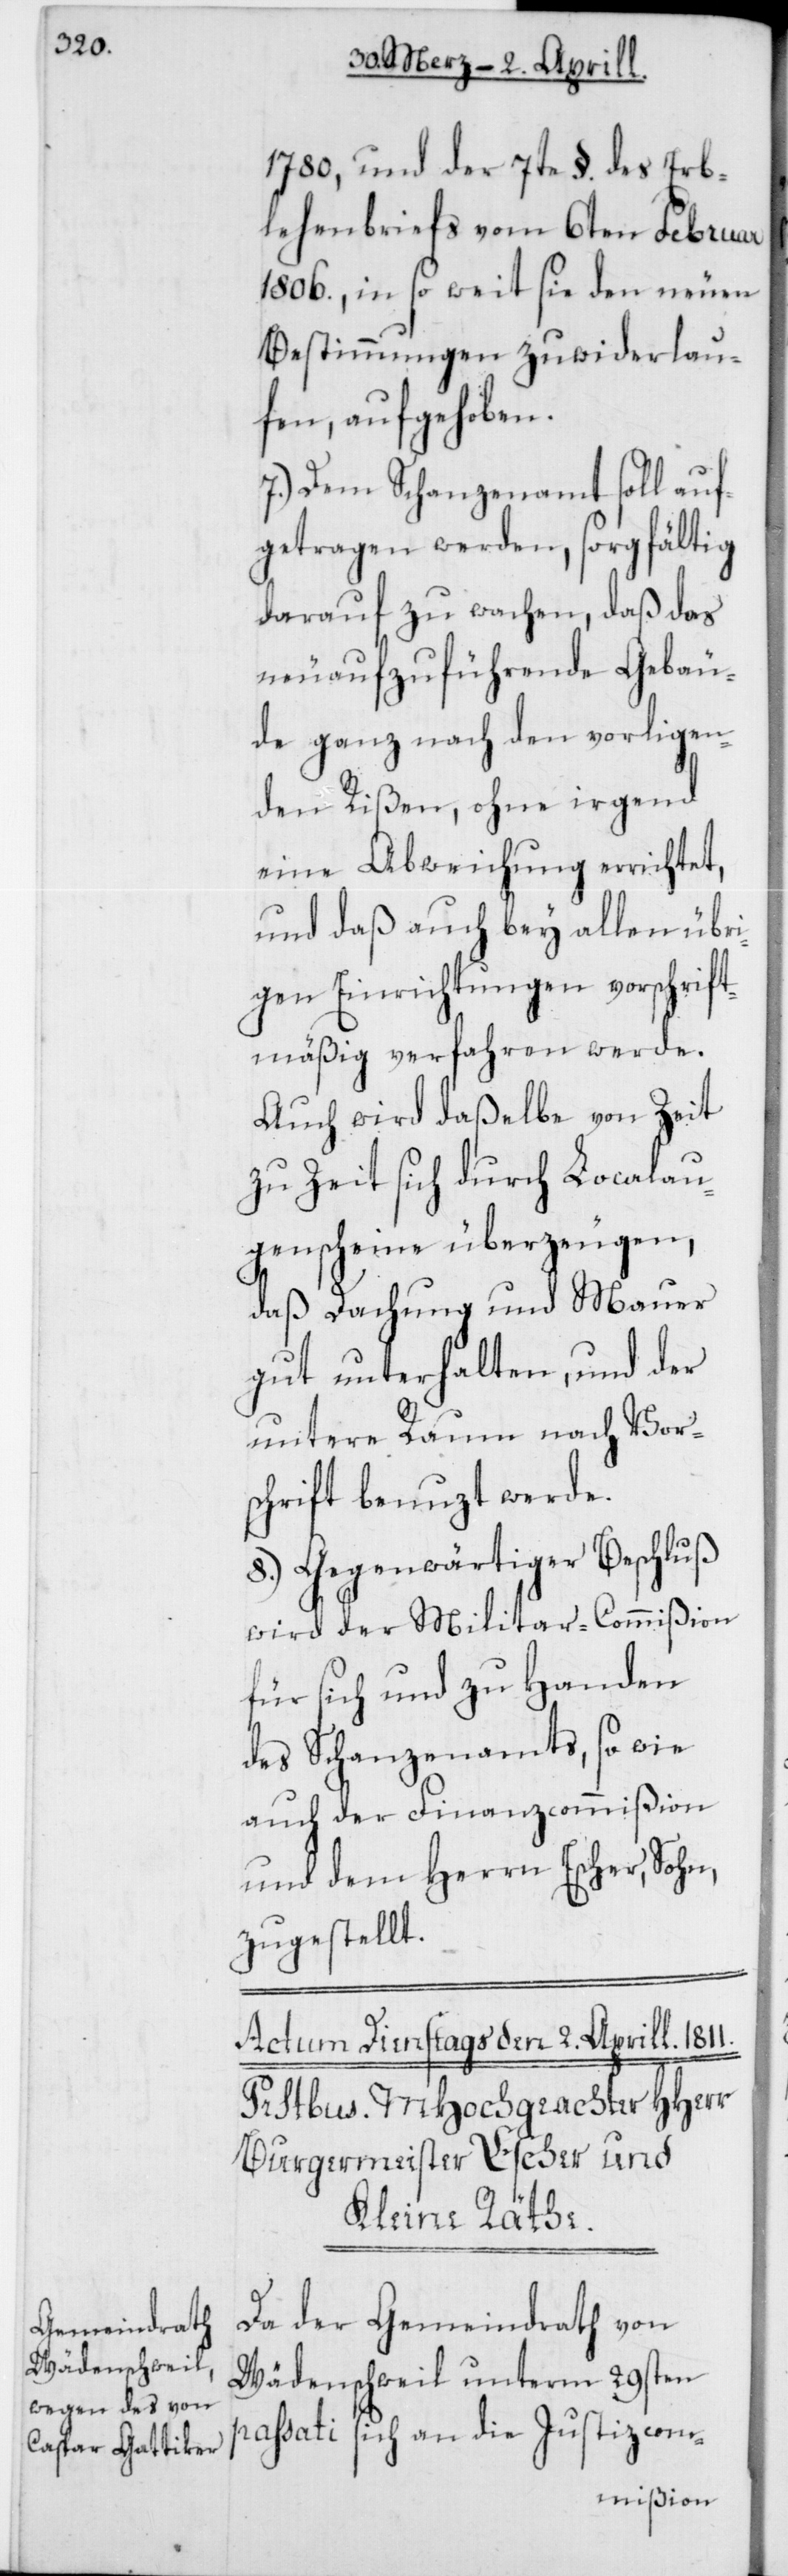
1780, und der 7te §. des Erbe¬
lehenbriefs vom 6ten Februar
1806., in so weit sie den neuen
Bestimmungen zuwiderlau¬
fen, aufgehoben.
7.) Dem Schanzenamt soll auf¬
getragen werden, sorgfältig
darauf zu wachen, daß das
neu aufzuführende Gebäu¬
de ganz nach den vorligen¬
den Rißen, ohne irgend
eine Abweichung errichtet,
und daß auch bey allen übri¬
gen Einrichtungen vorschrift¬
smäßig verfahren werde.
Auch wird daßelbe von Zeit
zu Zeit sich durch Localau¬
genscheine überzeugen,
daß Dachung und Mauer
gut unterhalten, und der
untere Raum nach Vors¬
chrift benuzt werde.
8.) Gegenwärtiger Beschluß
wird der Militar-Commißion
für sich und zu Handen
des Schanzenamts, so wie
auch der Finanzcommißion
und dem Herrn Escher, Sohn,
zugestellt.
Da der Gemeindrath von
Wädenschweil unterm 29sten
passati sich an die Justizcom-